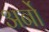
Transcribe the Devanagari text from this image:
अर्नो